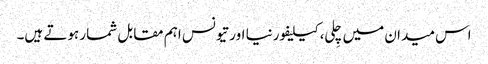
اس میدان میں چِلی، کیلیفورنیا اور تیونس اہم مقابل شمار ہوتے ہیں۔